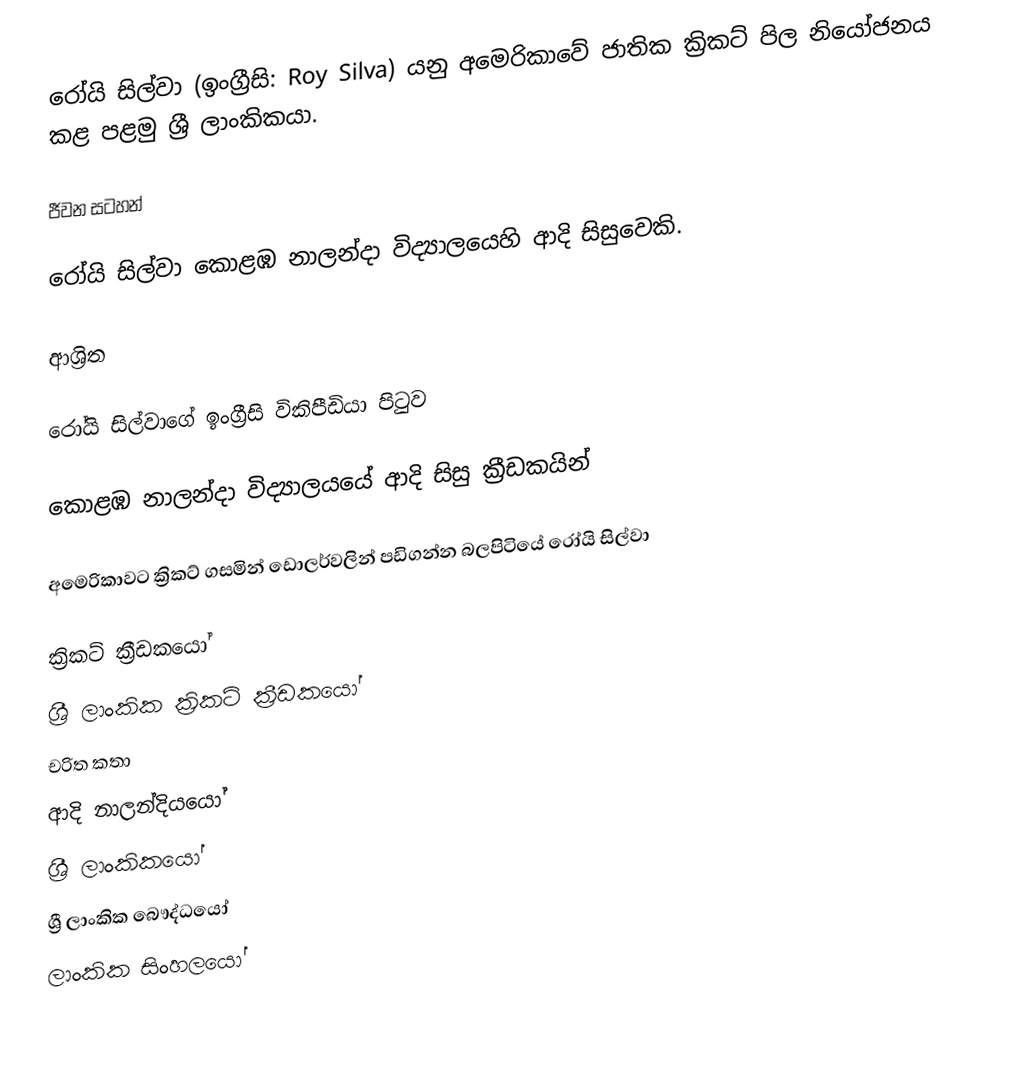
රෝයි සිල්වා (ඉංග්‍රීසි: Roy Silva) යනු අමෙරිකාවේ ජාතික ක්‍රිකට් පිල නියෝජනය කළ පළමු ශ්‍රී ලාංකිකයා.

ජීවන සටහන්

රෝයි සිල්වා  කොළඹ නාලන්දා විද්‍යා‍ලයෙහි ආදි සිසුවෙකි.

ආශ්‍රිත

 රෝයි සිල්වාගේ ඉංග්‍රීසි විකිපීඩියා පිටුව

 කොළඹ නාලන්දා විද්‍යාලයයේ ආදි සිසු ක්‍රීඩකයින්

 අමෙරිකාවට ක්‍රිකට් ගසමින් ඩොලර්වලින් පඩිගන්න බලපිටියේ රෝයි සිල්වා

ක්‍රිකට් ක්‍රීඩකයෝ
ශ්‍රී ලාංකික ක්‍රිකට් ක්‍රීඩකයෝ
චරිත කතා
ආදි නාලන්දියයෝ
ශ්‍රී ලාංකිකයෝ
ශ්‍රී ලාංකික බෞද්ධයෝ
ලාංකික සිංහලයෝ